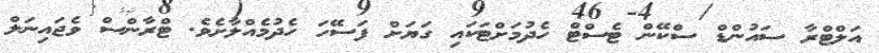
އަލްޓްރާ ސައުންޑް ސްކޭން ޓެސްޓް ހެދުމަށްޓަކައި ގަޔަށް ފަސޭހަ ހެދުމެއްލާށެވެ. ޓްރާންސް ވެޖައިނަލް